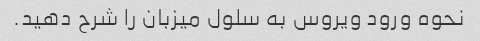
نحوه ورود ویروس به سلول میزبان را شرح دهید.